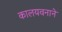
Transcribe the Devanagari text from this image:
कालयवनाने